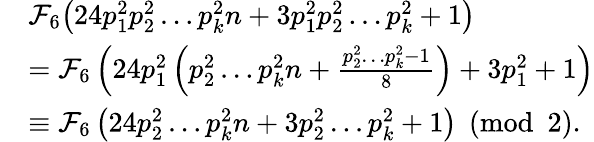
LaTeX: \begin{array}{rl}&{\mathcal{F}_{6}\big(24p_{1}^{2}p_{2}^{2}\dots p_{k}^{2}n+3p_{1}^{2}p_{2}^{2}\dots p_{k}^{2}+1\big)}\\ &{=\mathcal{F}_{6}\left(24p_{1}^{2}\left(p_{2}^{2}\dots p_{k}^{2}n+\frac{p_{2}^{2}\dots p_{k}^{2}-1}{8}\right)+3p_{1}^{2}+1\right)}\\ &{\equiv\mathcal{F}_{6}\left(24p_{2}^{2}\dots p_{k}^{2}n+3p_{2}^{2}\dots p_{k}^{2}+1\right)\pmod 2.}\end{array}